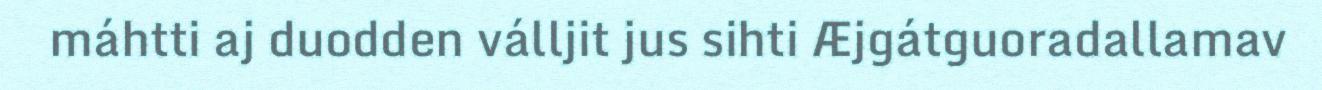
máhtti aj duodden válljit jus sihti Æjgátguoradallamav